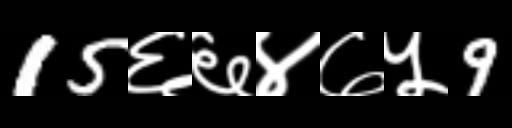
Text: 15६६४७५9